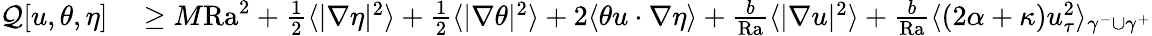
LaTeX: \begin{array}{rl}{\mathcal{Q}[u,\theta,\eta]}&{{}\geq M\mathrm{{Ra}}^{2}+\frac{1}{2}\langle|\nabla\eta|^{2}\rangle+\frac{1}{2}\langle|\nabla\theta|^{2}\rangle+2\langle\theta u\cdot\nabla\eta\rangle+\frac{b}{\mathrm{{Ra}}}\langle|\nabla u|^{2}\rangle+\frac{b}{\mathrm{{Ra}}}\langle(2\alpha+\kappa)u_{\tau}^{2}\rangle_{\gamma^{-}\cup\gamma^{+}}}\end{array}